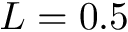
L = 0 . 5